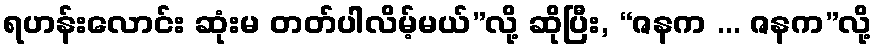
ရဟန်းလောင်း ဆုံးမ တတ်ပါလိမ့်မယ်”လို့ ဆိုပြီး, “ဇနက ... ဇနက”လို့